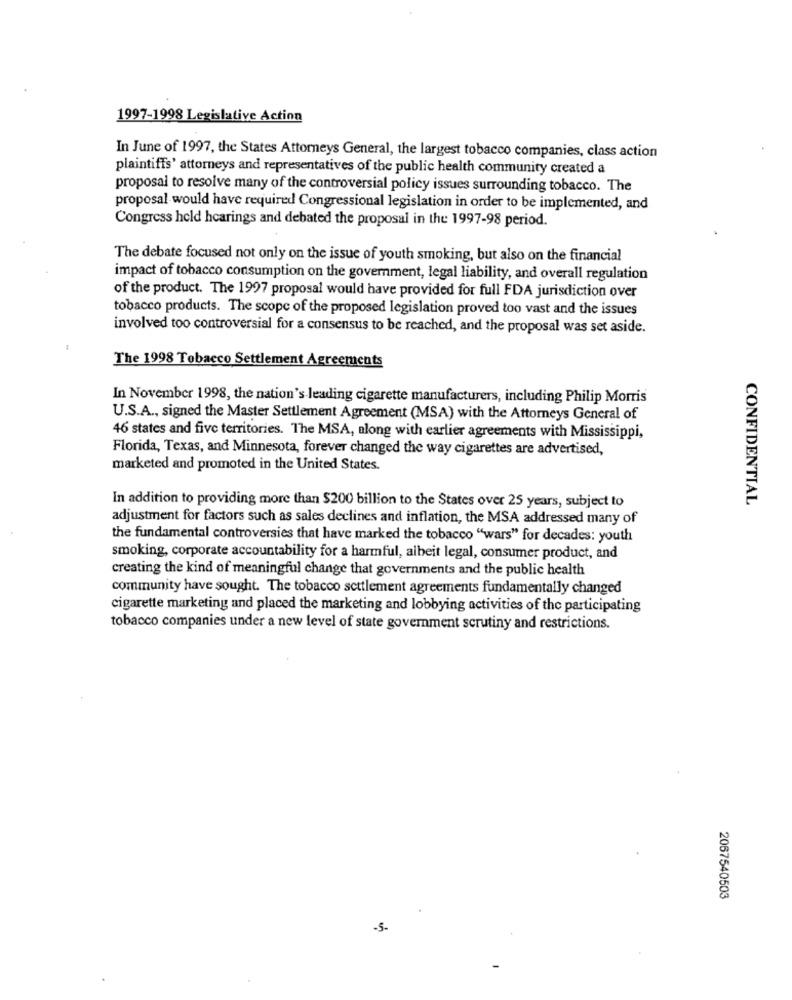
1997-1998 Legislative Action
In June of 1997, the States Attorneys General, the largest tobacco companies, class action
plaintiffs' attorneys and representatives of the public health community created a
proposal to resolve many of the controversial policy issues surrounding tobacco. The
proposal would have required Congressional legislation in order to be implemented, and
Congress held hearings and debated the proposal in the 1997-98 period.
The debate focused not only on the issue of youth smoking, but also on the financial
impact of tobacco consumption on the government, legal liability, and overall regulation
of the product. The 1997 proposal would have provided for full FDA jurisdiction over
tobacco products. The scope of the proposed legislation proved too vast and the issues
involved too controversial for a consensus to be reached, and the proposal was set aside.
The 1998 Tobacco Settlement Agreements
In November 1998, the nation's leading cigarette manufacturers, including Philip Morris
U.S.A ., signed the Master Settlement Agreement (MSA) with the Attorneys General of
46 states and five territories. The MSA, along with earlier agreements with Mississippi,
Florida, Texas, and Minnesota, forever changed the way cigarettes are advertised,
marketed and promoted in the United States.
In addition to providing more than $200 billion to the States over 25 years, subject to
CONFIDENTIAL
adjustment for factors such as sales declines and inflation, the MSA addressed many of
the fundamental controversies that have marked the tobacco "wars" for decades: youth
smoking, corporate accountability for a harmful, albeit legal, consumer product, and
creating the kind of meaningful change that governments and the public health
community have sought. The tobacco settlement agreements fundamentally changed
cigarette marketing and placed the marketing and lobbying activities of the participating
tobacco companies under a new level of state government scrutiny and restrictions.
2067540503
-5-